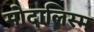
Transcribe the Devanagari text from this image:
मोदालिस्म